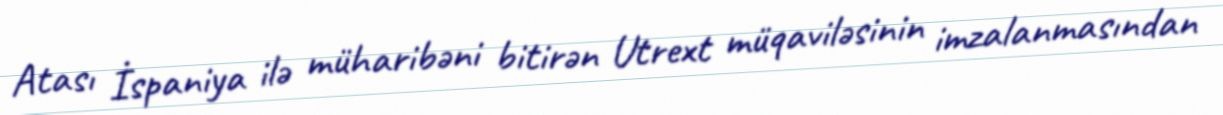
Atası İspaniya ilə müharibəni bitirən Utrext müqaviləsinin imzalanmasından